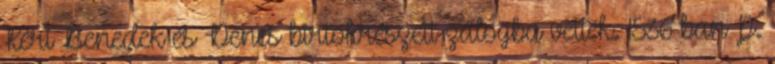
Kéri Benedek és Dénes birtokrészeit zálogba vették. 1536-ban P.